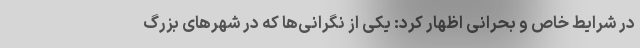
در شرایط خاص و بحرانی اظهار کرد: یکی از نگرانی‌ها که در شهرهای بزرگ